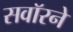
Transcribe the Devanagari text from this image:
सवॉरने